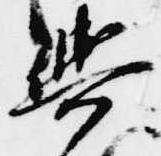
輿